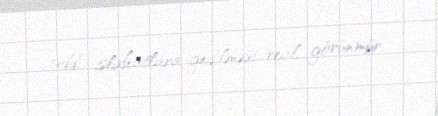
ciddi islahatlara gedilməsi real görünmür.